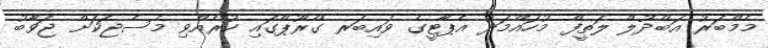
މެމްބަރު އަބްދުލް ލަތީފް މުހައްމަދު އެޕާޓީގެ ވައިބަރ ގްރޫޕްގައި ކުރެއްވި މެސެޖަކަށް ޖަވާބު